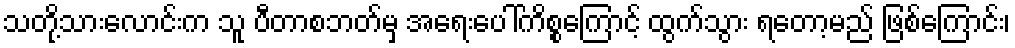
သတို့သားလောင်းက သူ ပီတာစဘတ်မှ အရေးပေါ်ကိစ္စကြောင့် ထွက်သွား ရတော့မည် ဖြစ်ကြောင်း၊